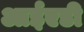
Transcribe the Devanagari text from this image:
आईएडी